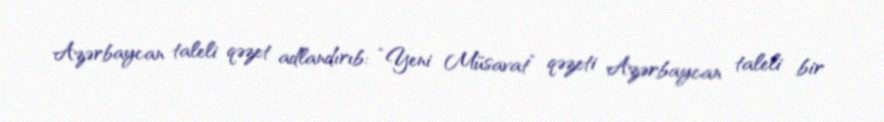
Azərbaycan taleli qəzet adlandırıb: “Yeni Müsavat” qəzeti Azərbaycan taleli bir